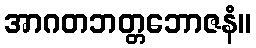
အာဂတဘတ္တဘောဇနံ။